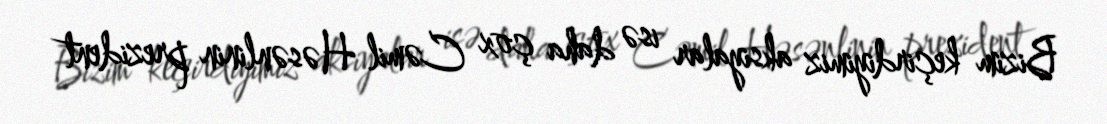
Bizim keçirdiyimiz aksiyalar isə daha çox Cəmil Həsənlinin prezident